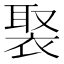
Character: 𧚿